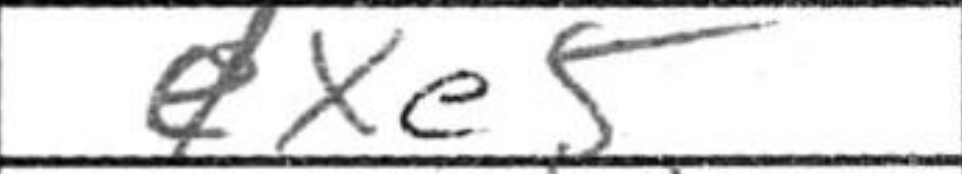
Transcription: dxe5